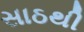
સાઠથી